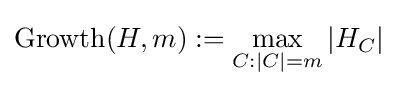
\operatorname {Growth} (H,m):=\max _{C:|C|=m}|H_{C}|